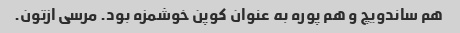
هم ساندویچ و هم پوره به عنوان کوپن خوشمزه بود. مرسی ازتون.